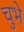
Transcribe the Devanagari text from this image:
चुभे